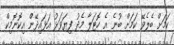
ކަމަށް ބެލެވޭ ކަމަށް ބުނެ އެ ހޮޓަލާ މެދު ފިޔަވަޅު އަޅައިދޭން އިކޮނޮމިކް